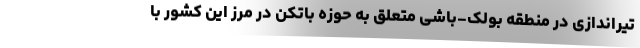
تیراندازی در منطقه بولک-باشی متعلق به حوزه باتکن در مرز این کشور با